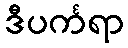
ဒီပင်္ကရာ